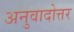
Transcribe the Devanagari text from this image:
अनुवादोत्तर